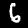
Digit: 6